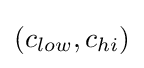
(c_{low},c_{hi})